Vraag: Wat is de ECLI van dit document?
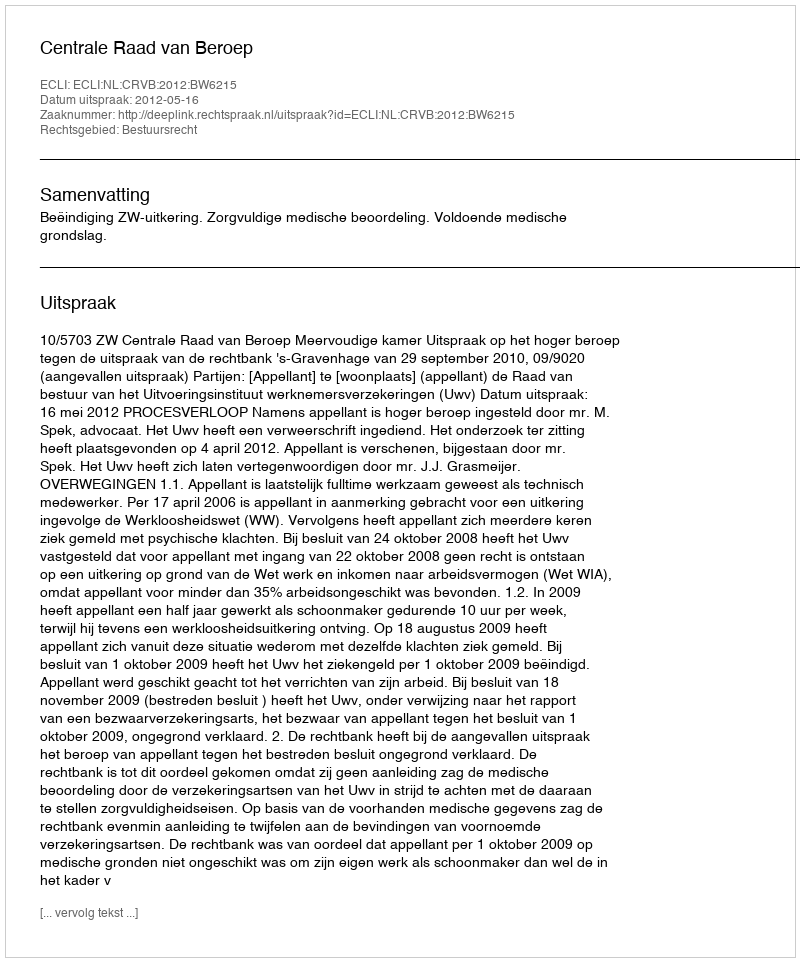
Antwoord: ECLI:NL:CRVB:2012:BW6215